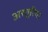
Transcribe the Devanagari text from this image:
अस्तूरिया